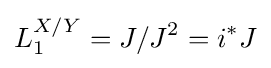
L_{1}^{X/Y}=J/J^{2}=i^{*}J